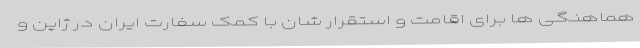
هماهنگی ها برای اقامت و استقرار شان با کمک سفارت ایران در ژاپن و